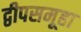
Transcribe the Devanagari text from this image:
द्वीपसमूहा